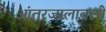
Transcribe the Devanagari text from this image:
आंतरजालावरचे